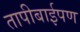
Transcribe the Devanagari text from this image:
तापीबाईपण